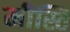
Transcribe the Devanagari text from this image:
मीस्ति